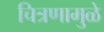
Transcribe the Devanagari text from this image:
चित्रणामुळे